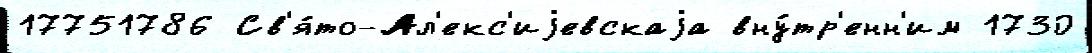
17751786 Св'я́то-Ал'екс'иjевскаjа вну́тр'енн'им 1730